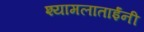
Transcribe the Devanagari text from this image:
श्यामलाताईंनी